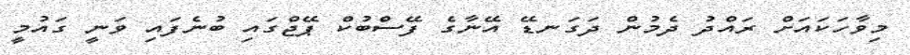
މިވާހަކައަށް ރައްދު ދެމުން ދަގަނޑޭ އޭނާގެ ފޭސްބުކް ޕޭޖްގައި ބުނެފައި ވަނީ ގައުމީ